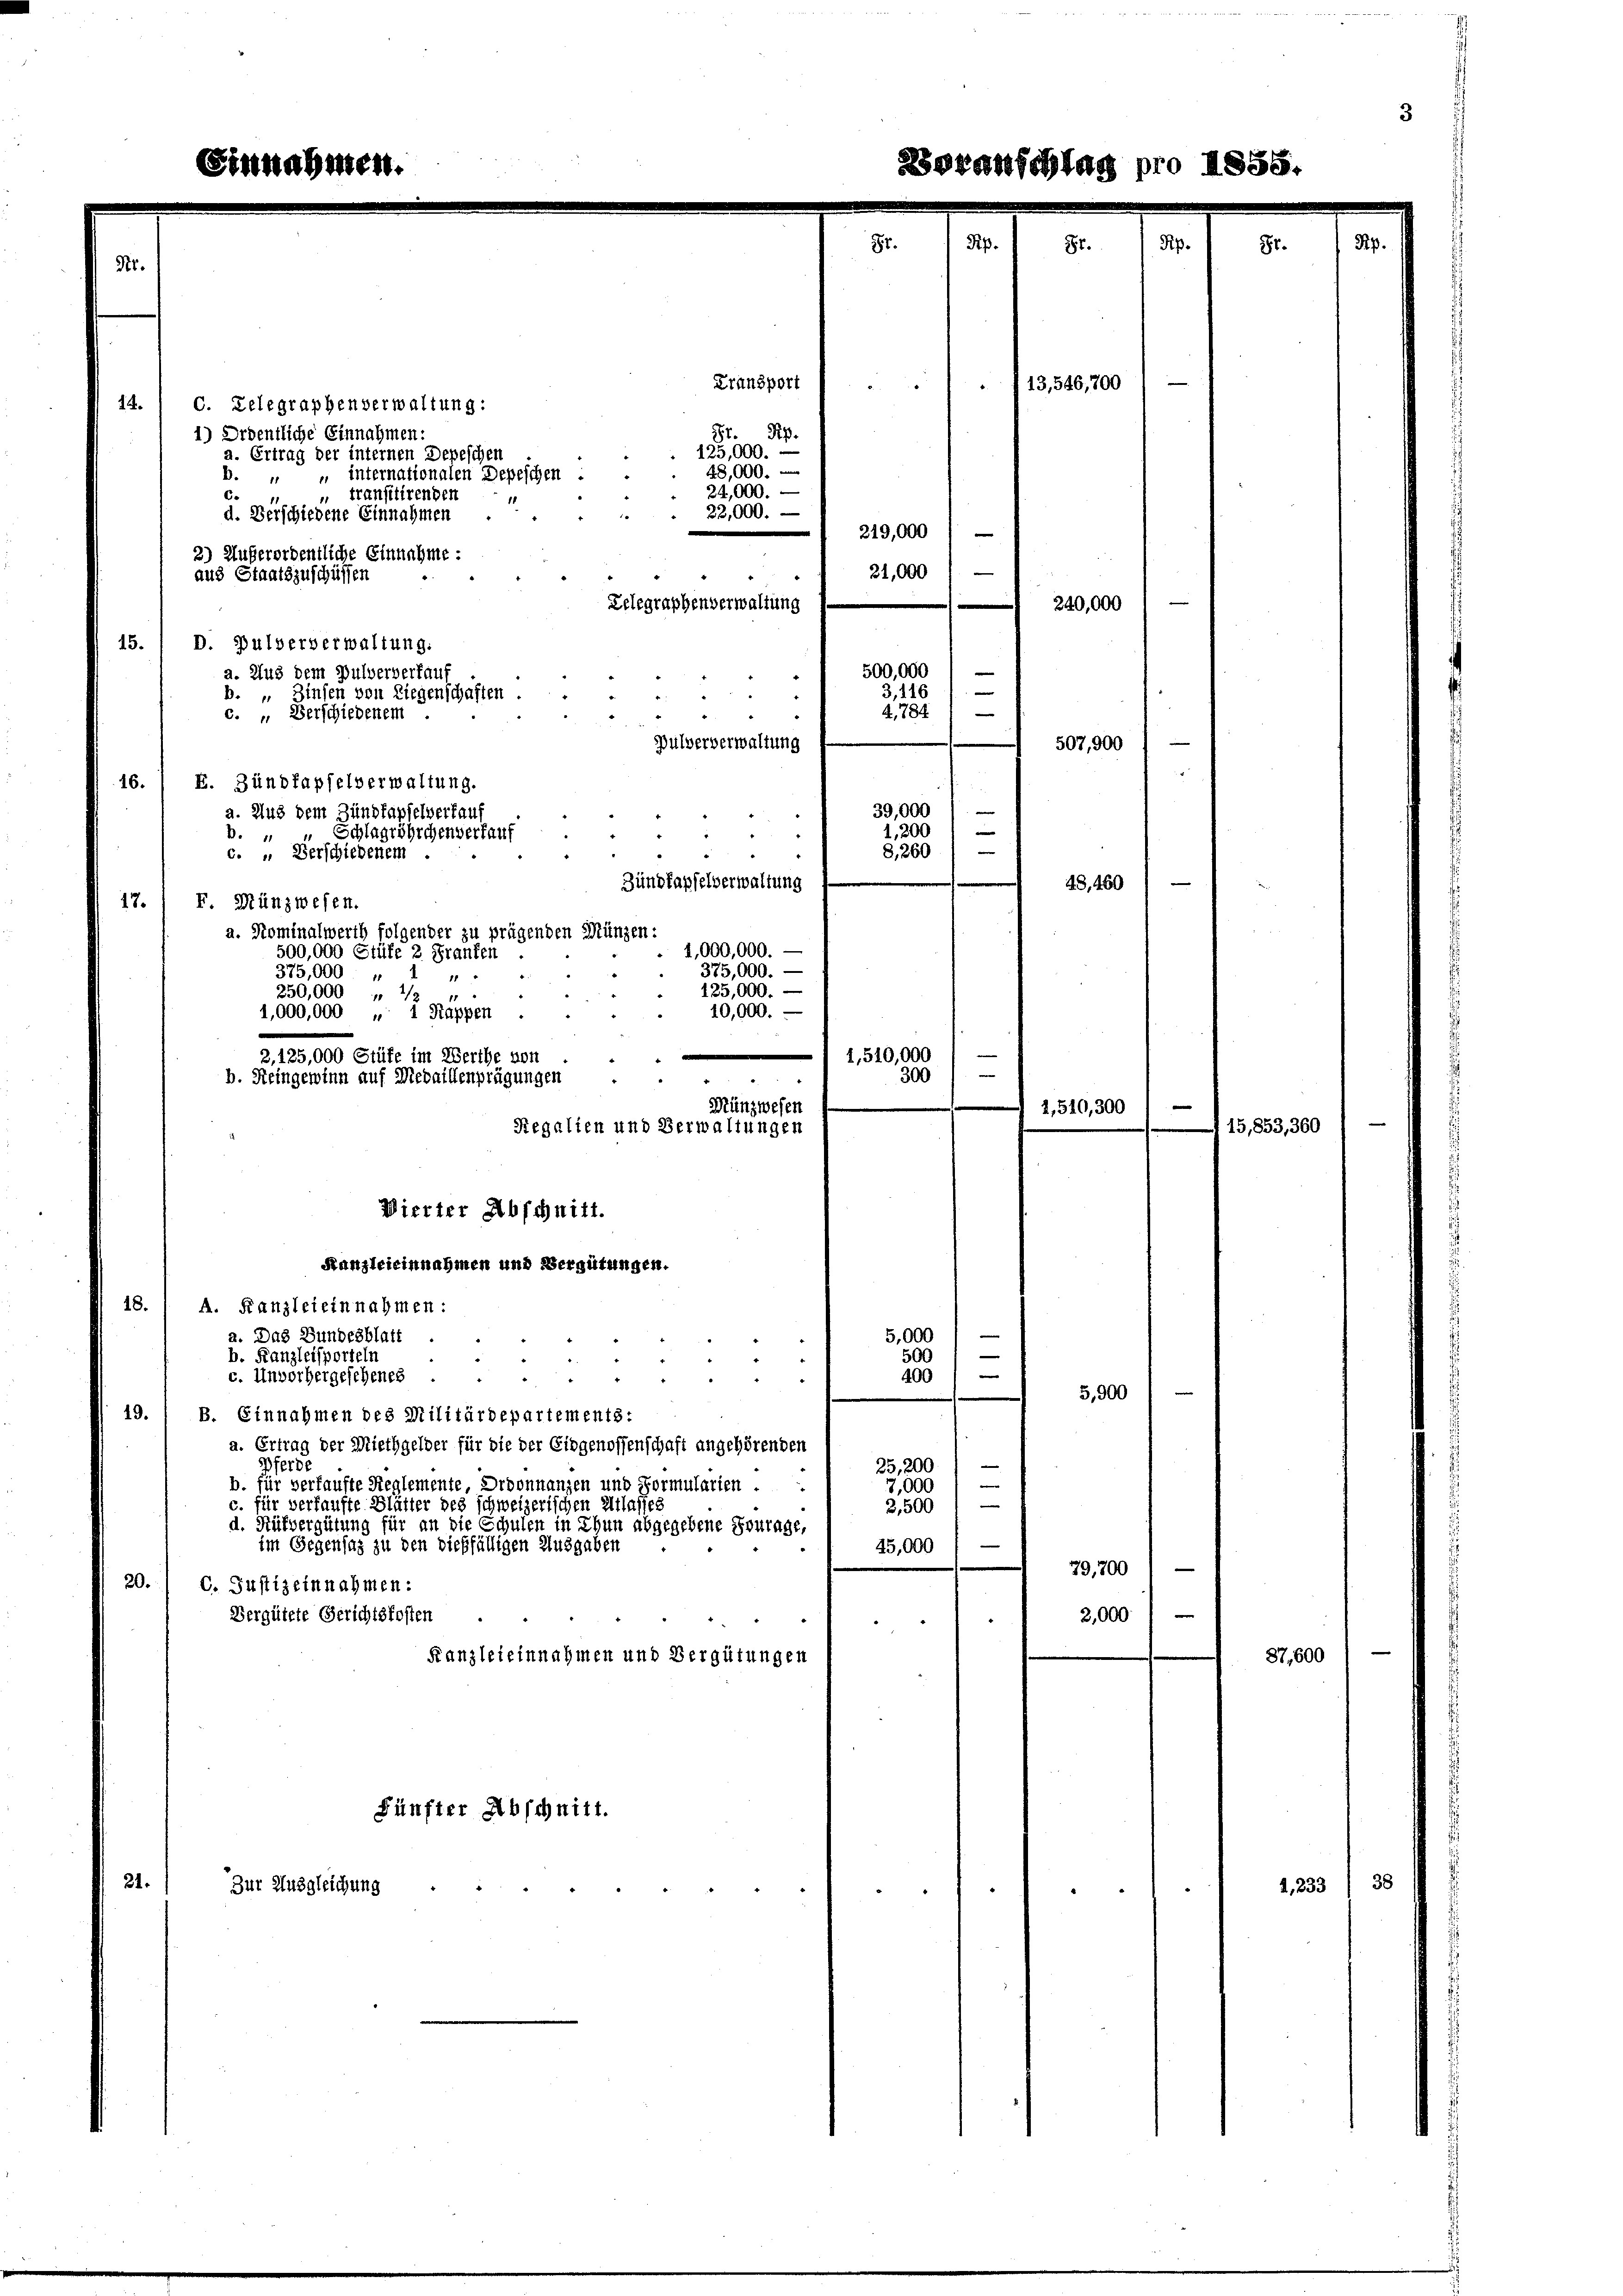
Transport
14.
C. Telegraphenverwaltung:
St. Pip
1.) Ordentliche Einnahmen
 125,000.
a. Ertrag der internen Depeschen
 " " internationalen Depeschen
24,000.
 transitirenden
6
22,000. —
d. Verschiedene Einnahmen
219,000
2) Außerordentliche Einnahme:
21,000
aus Staatszuschüssen
Lelegraphenverwaltung
240,000
15.
D. Pulververwaltung.
500,000
a. Aus dem Pulververkau
—
3,116
b. „ Zinsen von Liegenschaften
 33
4. 784
c. " Verschiedenem
Pulververwaltung
507,900
16.) E. Zündfapfelverwaltung.
39,000
a. Und dem Zündkapselverkauf
1,200
b. " " Schlagröhrchenverkauf

8,260
c. " Verschiedenem
d
Zündhapfelverwaltung
48, 460
F. Münzwesen.
17.
a. Rominalwerth folgender zu prügenden Münzen:
1,000,000.
500,000 Stüfe 2 Franken
375,000. —
375,000 "
11
125,000. —
250,000 " 1/2
10,000.
4,000,000 " 1 Rappen
b. Reingewinn auf Medaillenprägungen
Münzwesen
Regalien und Verwaltungen
Wierter Abschnitt.
Kanzleieinnahmen und Vergütungen.
18.
A. Kanzleieinnahmen:
a. Das Bundesblatt
5,000
e
500
b. Kanzleisporteln
|
c. Unvorhergesehenes
400
5,900
19.
B. Einnahmen des Militärdepartements:
a. Ertrag der Miethgelder für die der Eidgenossenschaft angehörenden
e
Pferde
25,200
|
b. für verkaufte Reglemente, Ordonnanzen und Formularien .
7,000
c. für verfaufte Blätter des schweizerischen Atlasses
2,500
d. Rütvergütung für an die Schulen in Thun abgegebene Fourage,
im Gegensatz zu den dießfälligen Ausgaben
45,000
79,700
20.
C. Justiz einnahmen:
Vergütete Gerichtskosten
2,000
Kanzleieinnahmen und Vergütungen
Fünfter Abschnitt.
21.
Zur Ausgleichung

2, 125,000 Stüfe im Werthe von

28,000.

1,510,000
300

13,546,700

2,510,300

15,853, 360

87,600

25